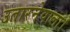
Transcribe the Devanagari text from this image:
उतारनेवाला।